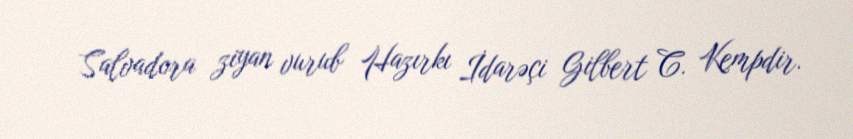
Salvadora ziyan vurub Hazırkı İdarəçi Gilbert C. Kempdir.